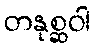
တနုစ္ဆဝါ